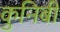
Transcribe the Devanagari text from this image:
कुनिबी